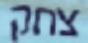
צחק